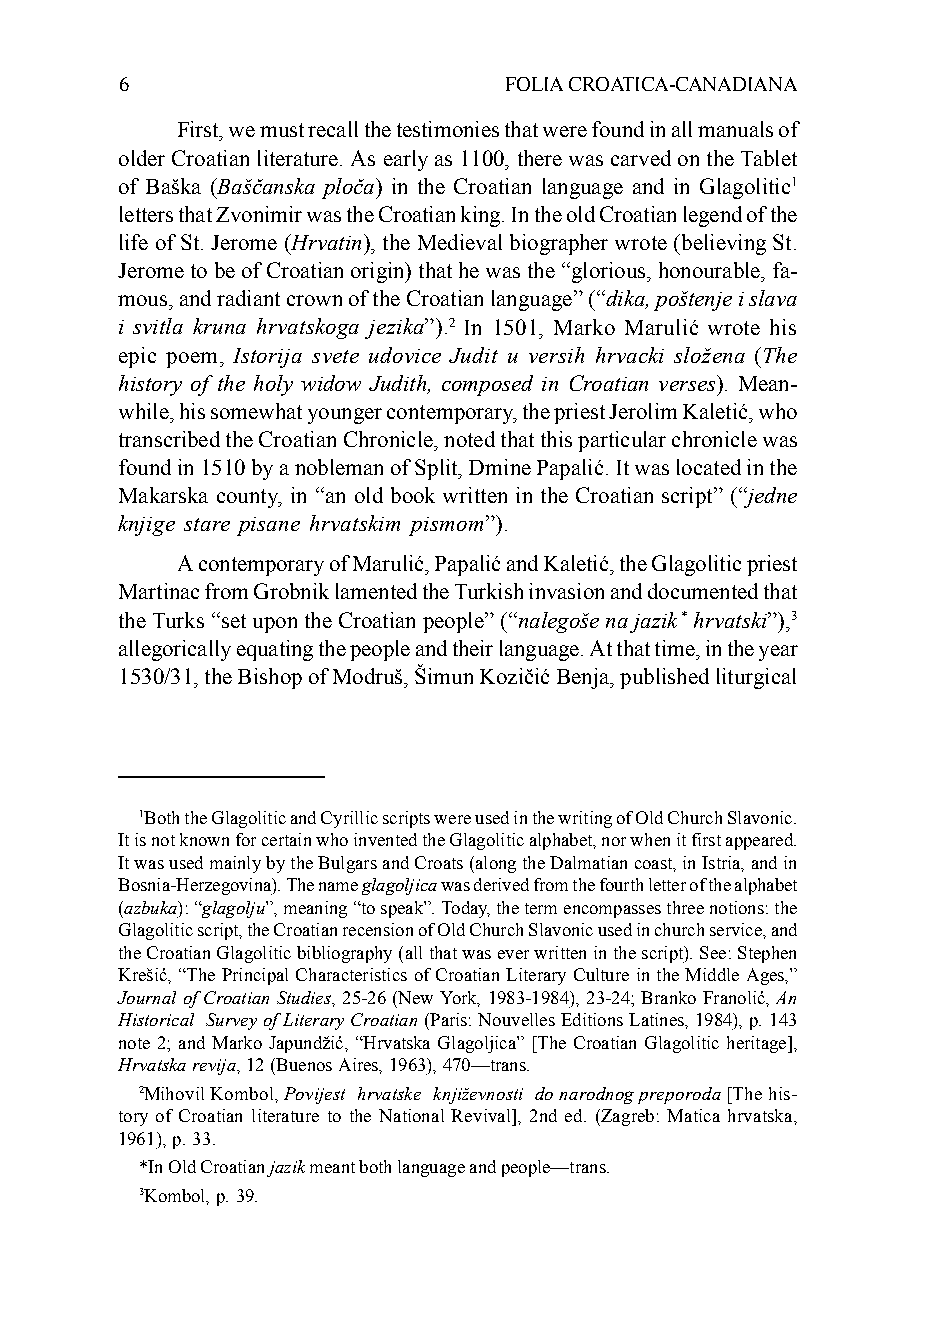
6                        FOLIA CROATICA-CANADIANA
 First, we must recall the testimonies that were found in all manuals of
 older Croatian literature. As early as 1100, there was carved on the Tablet
 of Baška (Baščanska ploča) in the Croatian language and in Glagolitic1
 letters that Zvonimir was the Croatian king. In the old Croatian legend of the
 life of St. Jerome (Hrvatin), the Medieval biographer wrote (believing St.
 Jerome to be of Croatian origin) that he was the “glorious, honourable, fa-
 mous, and radiant crown of the Croatian language” (“dika, poštenje i slava
 i svitla kruna hrvatskoga jezika”).2 In 1501, Marko Marulić wrote his
 epic poem, Istorija svete udovice Judit u versih hrvacki složena (The
 history of the holy widow Judith, composed in Croatian verses). Mean-
 while, his somewhat younger contemporary, the priest Jerolim Kaletić, who
 transcribed the Croatian Chronicle, noted that this particular chronicle was
 found in 1510 by a nobleman of Split, Dmine Papalić. It was located in the
 Makarska county, in “an old book written in the Croatian script” (“jedne
 knjige stare pisane hrvatskim pismom”).
 A contemporary of Marulić, Papalić and Kaletić, the Glagolitic priest
 Martinac from Grobnik lamented the Turkish invasion and documented that
 the Turks “set upon the Croatian people” (“nalegoše na jazik* hrvatski”),3
 allegorically equating the people and their language. At that time, in the year
 1530/31, the Bishop of Modruš, Šimun Kozičić Benja, published liturgical
 1Both the Glagolitic and Cyrillic scripts were used in the writing of Old Church Slavonic.
 It is not known for certain who invented the Glagolitic alphabet, nor when it first appeared.
 It was used mainly by the Bulgars and Croats (along the Dalmatian coast, in Istria, and in
 Bosnia-Herzegovina). The name glagoljica was derived from the fourth letter of the alphabet
 (azbuka): “glagolju”, meaning “to speak”. Today, the term encompasses three notions: the
 Glagolitic script, the Croatian recension of Old Church Slavonic used in church service, and
 the Croatian Glagolitic bibliography (all that was ever written in the script). See: Stephen
 Krešić, “The Principal Characteristics of Croatian Literary Culture in the Middle Ages,”
 Journal of Croatian Studies, 25-26 (New York, 1983-1984), 23-24; Branko Franolić, An
 Historical Survey of Literary Croatian (Paris: Nouvelles Editions Latines, 1984), p. 143
 note 2; and Marko Japundžić, “Hrvatska Glagoljica” [The Croatian Glagolitic heritage],
 Hrvatska revija, 12 (Buenos Aires, 1963), 470—trans.
 2Mihovil Kombol, Povijest hrvatske književnosti do narodnog preporoda [The his-
 tory of Croatian literature to the National Revival], 2nd ed. (Zagreb: Matica hrvatska,
 1961), p. 33.
 *In Old Croatian jazik meant both language and people—trans.
 3Kombol, p. 39.